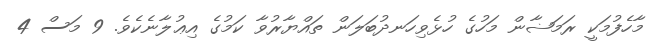
މާހެފުމަކީ ރަމަޟާން މަހުގެ ހުޅެވިހަނދުބަލަން ތައްޔާރުވާ ކަމުގެ އިޢުލާނެކެވެ. 9 މަސް 4